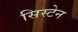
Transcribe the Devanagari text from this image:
सिस्टेन